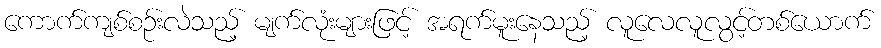
ကောက်ကျစ်စဉ်းလဲသည့် မျက်လုံးများဖြင့် အရက်မူးနေသည့် လူလေလူလွင့်တစ်ယောက်